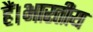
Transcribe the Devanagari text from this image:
हैं।भारतीय